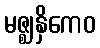
မဇ္ဈနှိကေဝ